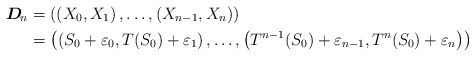
\begin{align*}\boldsymbol{D}_{\!n} & = \left( \left( X_0, X_1 \right), \ldots, \left( X_{n-1}, X_n \right) \right) \\& = \left( \left( S_0 + \varepsilon_0, T(S_0) + \varepsilon_1 \right), \ldots, \left( T^{n-1}(S_0) + \varepsilon_{n-1}, T^n(S_0) + \varepsilon_n \right) \right)\end{align*}